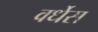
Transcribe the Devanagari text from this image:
वर्धेस